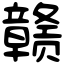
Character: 赣